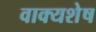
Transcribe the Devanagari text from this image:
वाक्यशेष